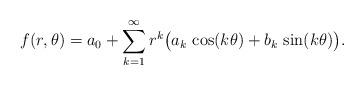
LaTeX: \begin{align*}f(r, \theta) = a_0+\sum_{k=1}^\infty r^k\big(a_k \, \cos(k\theta) + b_k\, \sin(k\theta) \big). \end{align*}